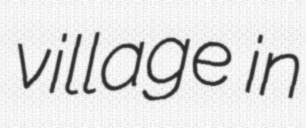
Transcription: village in